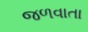
જળવાતા